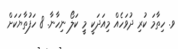
ވ. ހިތާމަ ކުރި ދުވަހެއް މިއަދަކީ މީި ކަލޯ ނިހާނާ. 8 ހަފުތާޔަކަށް